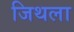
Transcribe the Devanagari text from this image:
जिथला